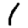
Digit: 1